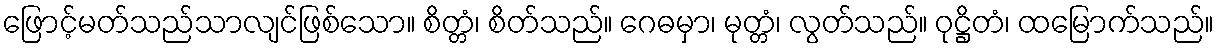
ဖြောင့်မတ်သည်သာလျင်ဖြစ်သော။ စိတ္တံ၊ စိတ်သည်။ ဂေဓမှာ၊ မုတ္တံ၊ လွတ်သည်။ ဝုဋ္ဌိတံ၊ ထမြောက်သည်။